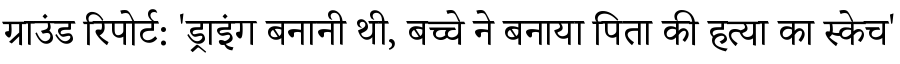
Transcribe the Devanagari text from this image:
ग्राउंड रिपोर्ट: 'ड्राइंग बनानी थी, बच्चे ने बनाया पिता की हत्या का स्केच'